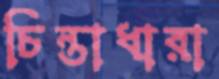
চিন্তাধারা